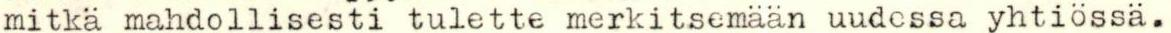
mitkä mahdollisesti tulette merkitsemään uudessa yhtiössä.